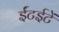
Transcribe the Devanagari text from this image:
ईंटईटें